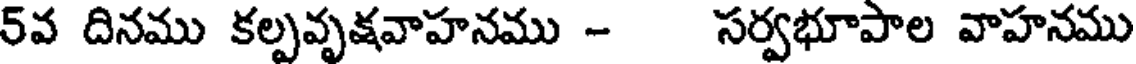
5వ దినము కల్పవృక్షవాహనము - సర్వభూపాల వాహనము